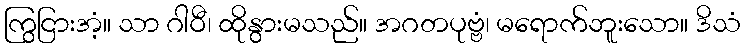
ကြွငြားအံ့။ သာ ဂါဝီ၊ ထိုနွားမသည်။ အဂတပုဗ္ဗံ၊ မရောက်ဘူးသော။ ဒိသံ